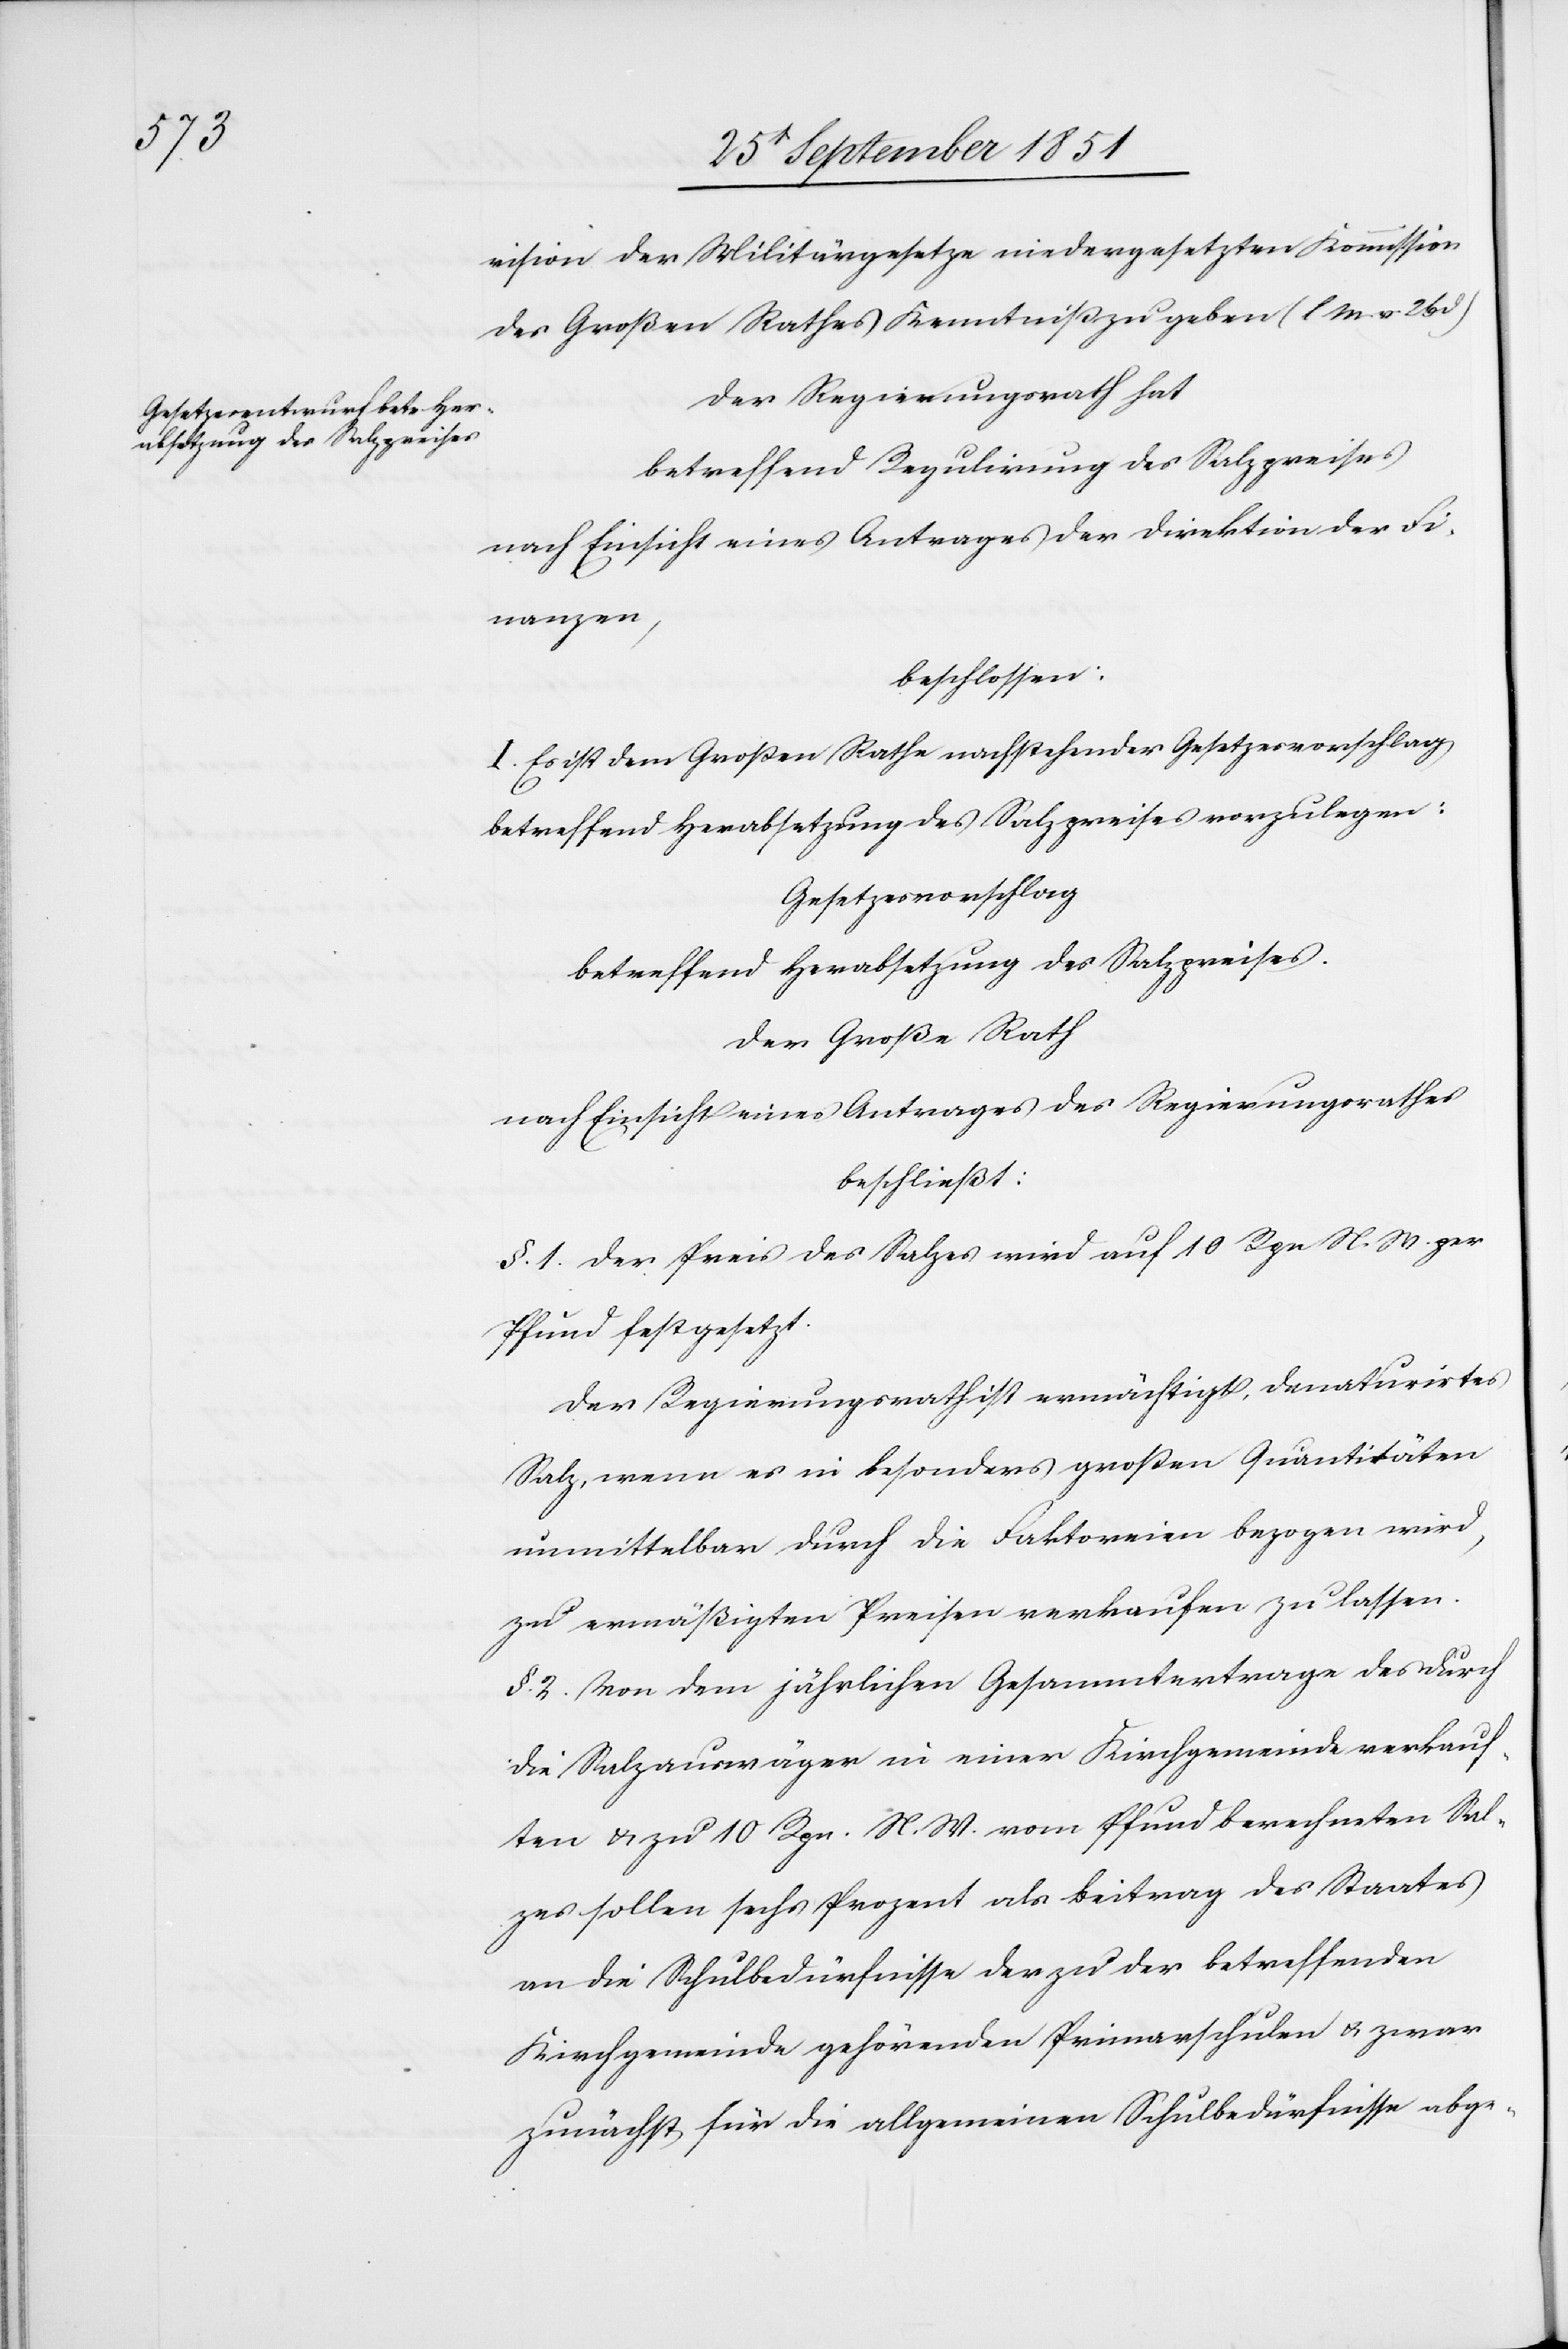
vision der Militärgesetze niedergesetzten Kommission
des Großen Rathes Kenntniß zu geben (l. M. v. 26
Der Regierungsrath hat
betreffend Regulirung des Salzpreises
nach Einsicht eines Antrages der Direktion der Fi¬
nanzen,
beschlossen:
I. Es ist dem Großen Rathe nachstehender Gesetzesvorschlag
betreffend Herabsetzung des Salzpreises vorzulegen:
Gesetzesvorschlag
betreffend Herabsetzung des Salzpreises.
Der Große Rath
nach Einsicht eines Antrages des Regierungsrathes
beschließt:
§. 1. Der Preis des Salzes wird auf 10 Rpn N. W. per
Pfund festgesetzt.
Der Regierungsrath ist ermächtigt, denaturirtes
Salz, wenn es in besonders großen Quantitäten
unmittelbar durch die Faktoreien bezogen wird,
zu ermäßigten Preisen verkaufen zu lassen.
§. 2. Von dem jährlichen Gesammtertrage des durch
die Salzauswäger in einer Kirchgemeinde verkauf¬
ten & zu 10 Rpn. N. W. vom Pfund berechneten Sal¬
zes sollen sechs Prozent als Beitrag des Staates
an die Schulbedürfnisse der zu der betreffenden
Kirchgemeinde gehörenden Primarschulen & zwar
zunächst für die allgemeinen Schulbedürfnisse abge-